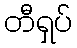
တီရှပ်